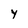
Character: y